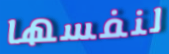
لنفسها